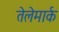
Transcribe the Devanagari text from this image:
तेलेमार्क